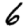
Digit: 6